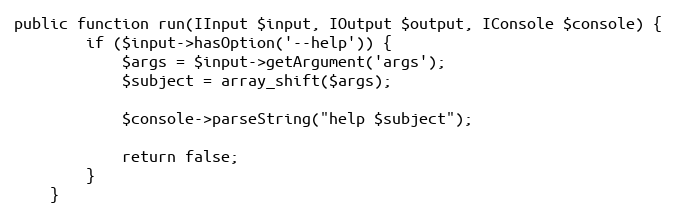
Language: PHP
public function run(IInput $input, IOutput $output, IConsole $console) {
        if ($input->hasOption('--help')) {
            $args = $input->getArgument('args');
            $subject = array_shift($args);

            $console->parseString("help $subject");

            return false;
        }
    }